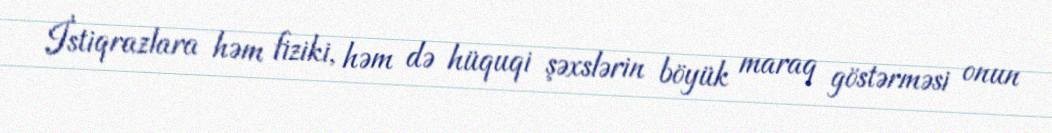
İstiqrazlara həm fiziki, həm də hüquqi şəxslərin böyük maraq göstərməsi onun